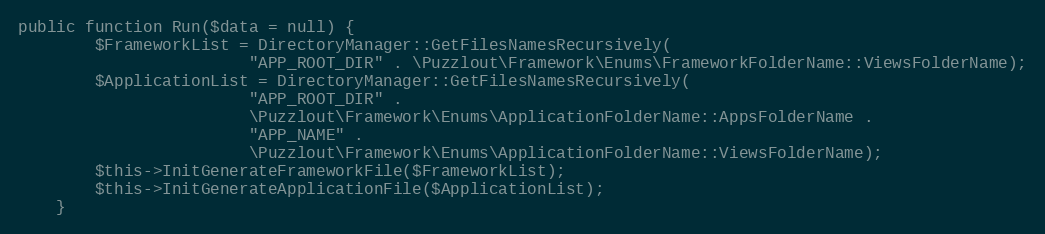
Language: PHP
public function Run($data = null) {
        $FrameworkList = DirectoryManager::GetFilesNamesRecursively(
                        "APP_ROOT_DIR" . \Puzzlout\Framework\Enums\FrameworkFolderName::ViewsFolderName);
        $ApplicationList = DirectoryManager::GetFilesNamesRecursively(
                        "APP_ROOT_DIR" .
                        \Puzzlout\Framework\Enums\ApplicationFolderName::AppsFolderName .
                        "APP_NAME" .
                        \Puzzlout\Framework\Enums\ApplicationFolderName::ViewsFolderName);
        $this->InitGenerateFrameworkFile($FrameworkList);
        $this->InitGenerateApplicationFile($ApplicationList);
    }